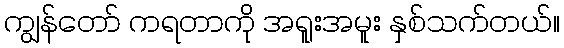
ကျွန်တော် ကရတာကို အရူးအမူး နှစ်သက်တယ်။